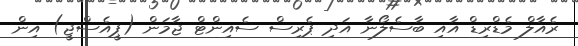
ރެއާލް މެޑްރިޑް އާއި ބާސެލޯނާ އަދި ޕެރިސް ސެއިންޓް ޖާމަން (ޕީއެސްޖީ) އިން